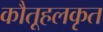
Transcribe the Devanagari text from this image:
कौतूहलकृत